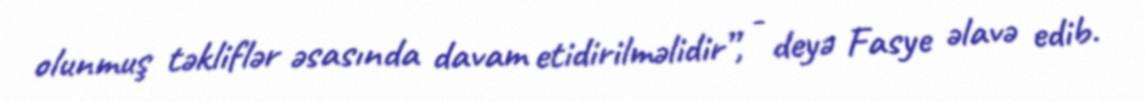
olunmuş təkliflər əsasında davam etidirilməlidir”, - deyə Fasye əlavə edib.